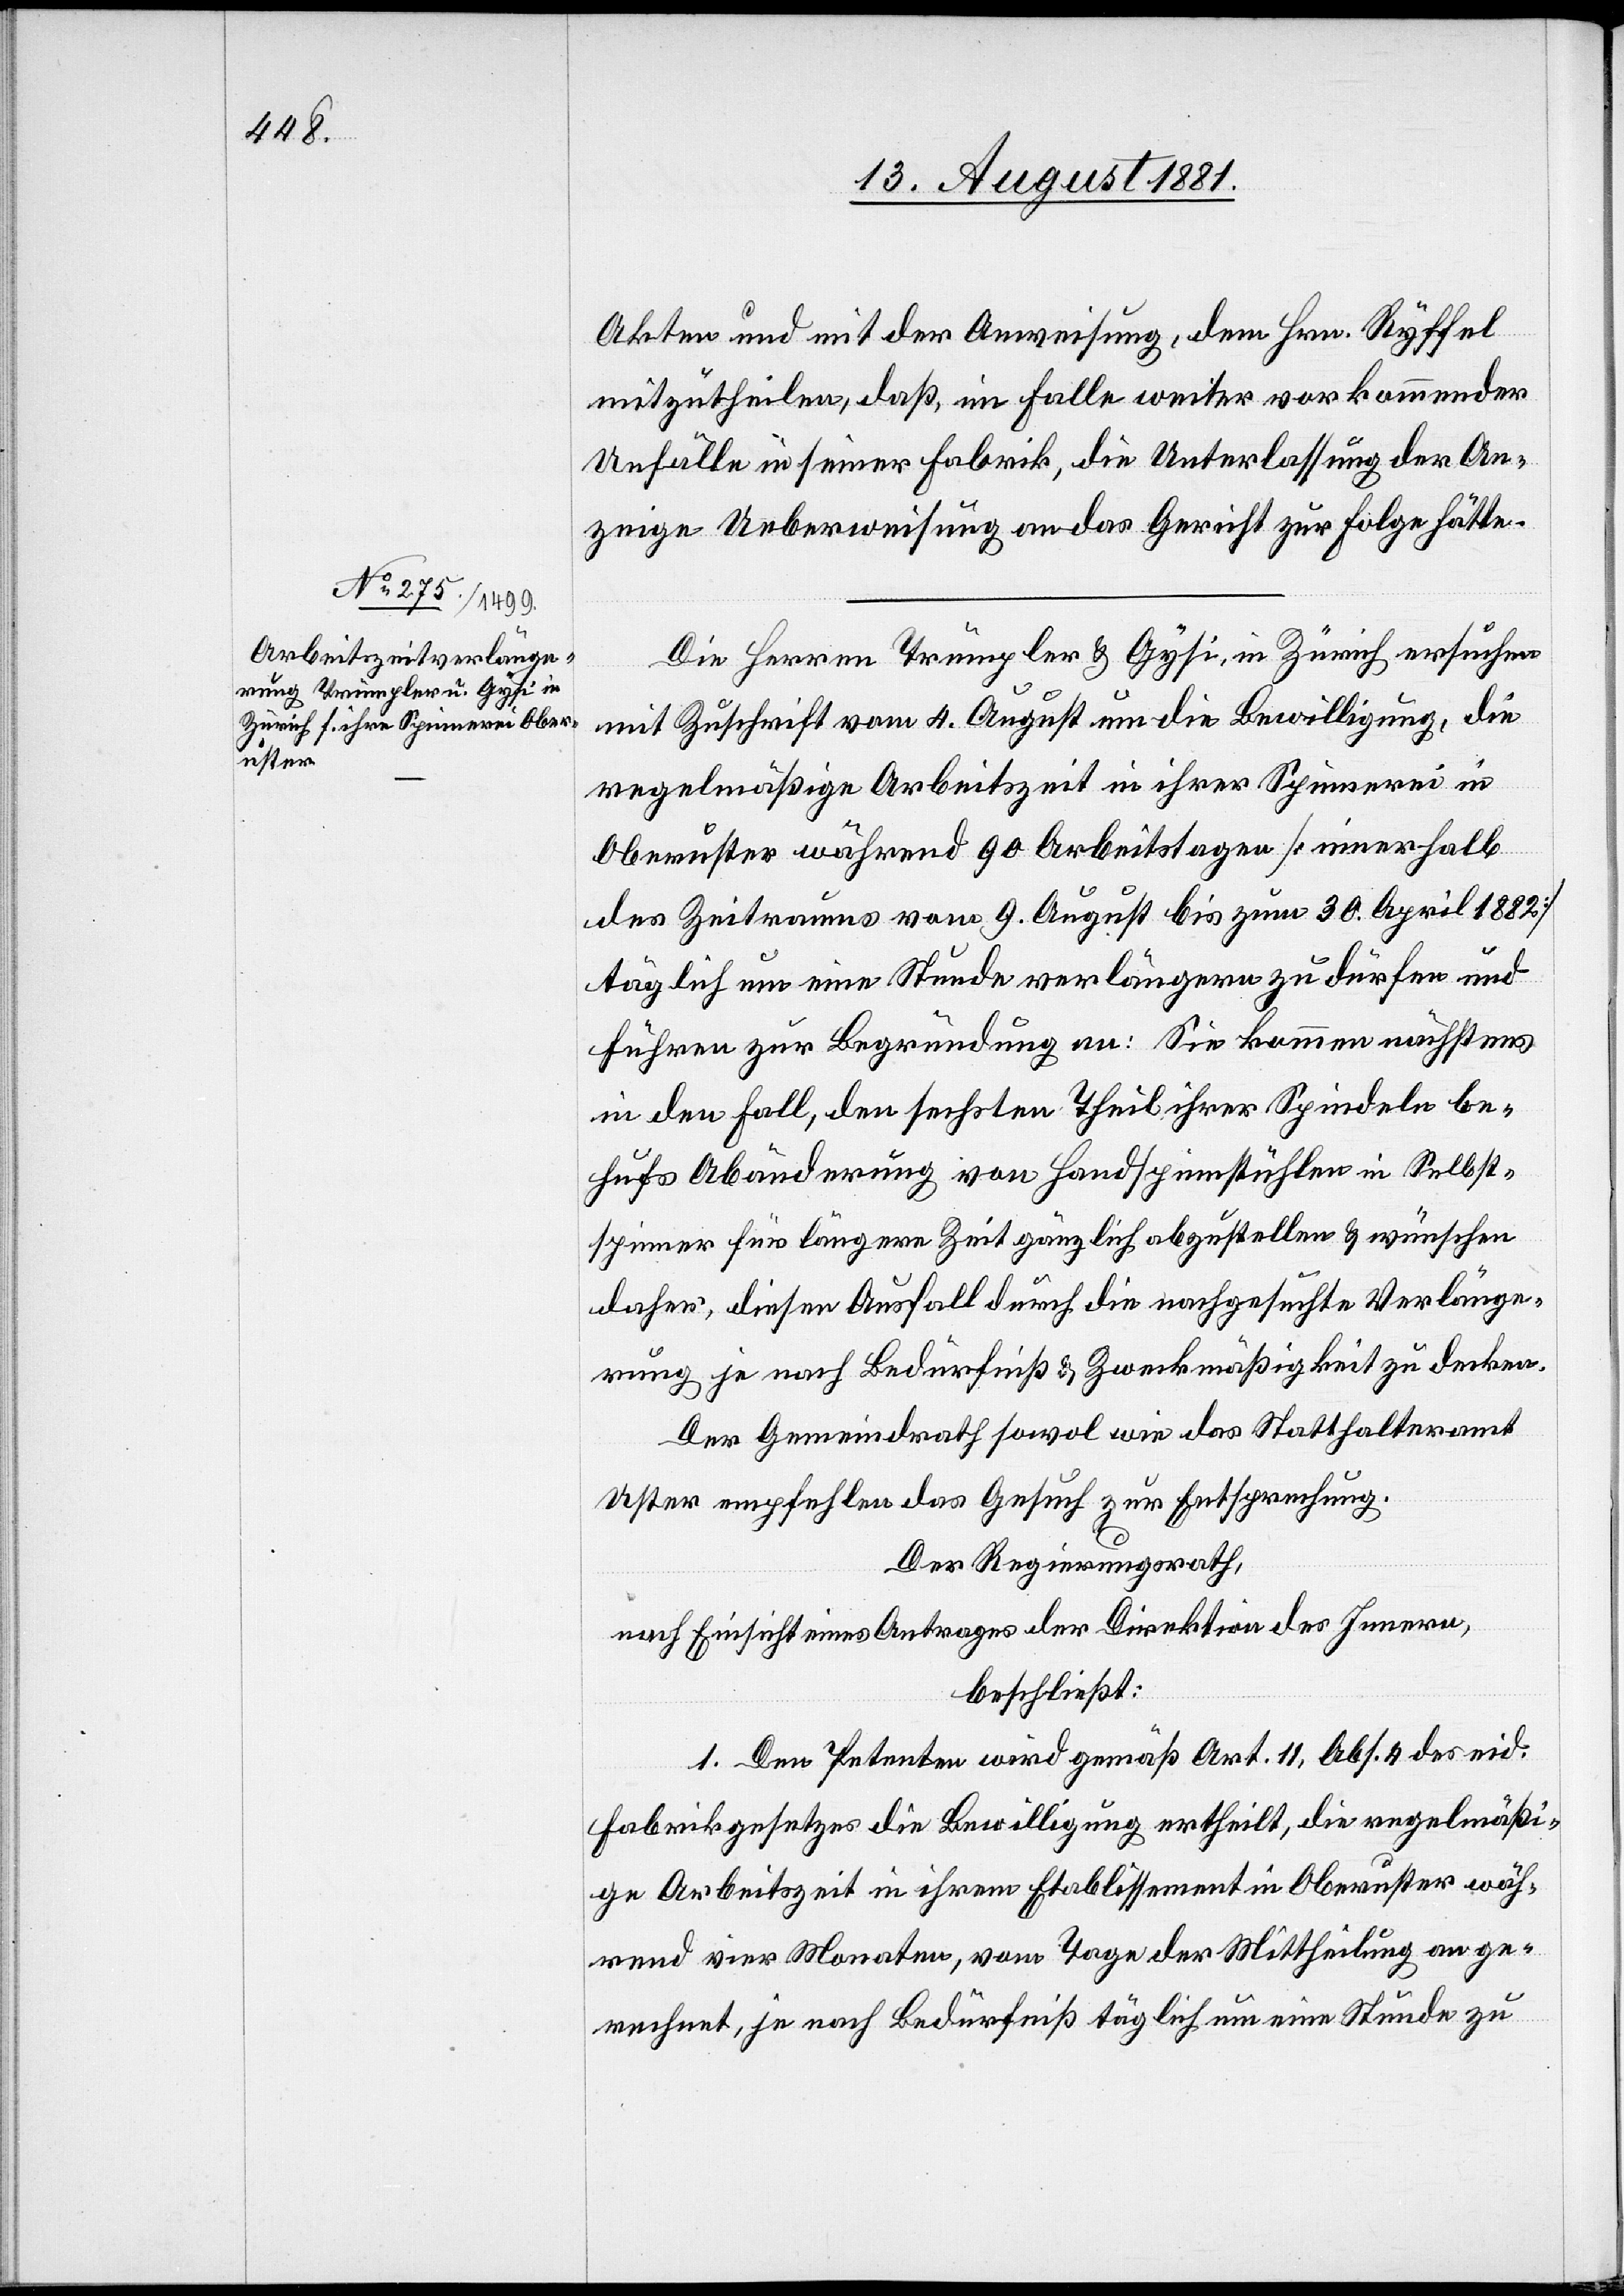
Akten und mit der Anweisung, dem Hrn. Ryffel
mitzutheilen, daß im Falle weiter vorkommender
Unfälle in seiner Fabrik, die Unterlassung der An¬
zeige Ueberweisung an das Gericht zur Folge hätte.
Die Herren Trümpler & Gysi, in Zürich ersuchen
mit Zuschrift vom 4. August um die Bewilligung, die
regelmäßige Arbeitszeit in ihrer Spinnerei in
Oberuster während 90 Arbeitstagen [innerhalb
des Zeitraums vom 9. August bis zum 30. April 1882]
täglich um eine Stunde verlängern zu dürfen und
führen zur Begründung an: Sie kommen nächstens
in den Fall, den sechsten Theil ihrer Spinnerei be¬
hufs Abänderung von Handspinnstühlen in Selbst¬
spinner für längere Zeit gänzlich abzustellen & wünschen
daher, diesen Ausfall durch die nachgesuchte Verlänge¬
rung je nach Bedürfniß & Zweckmäßigkeit zu decken.
Der Gemeindrath sowohl wie das Statthalteramt
Uster empfehlen das Gesuch zur Entsprechung.
Der Regierungsrath,
nach Einsicht eines Antrages der Direktion des Innern,
beschließt:
1. Den Petenten wird gemäß Art. 11, Abs. 4 des eid.
Fabrikgesetzes die Bewilligung ertheilt, die regelmäßi¬
ge Arbeitszeit in ihrem Etablissement in Oberuster wäh¬
rend vier Monaten, vom Tage der Mittheilung an ge¬
rechnet, je nach Bedürfniß täglich um eine Stunde zu